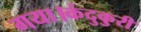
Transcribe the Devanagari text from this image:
गया।कंदुकुरी